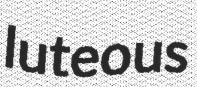
luteous